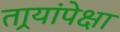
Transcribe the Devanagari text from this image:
तार्‍यांपेक्षा